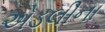
એડલીના